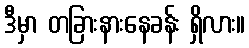
ဒီမှာ တခြားနားနေခန်း ရှိလား။